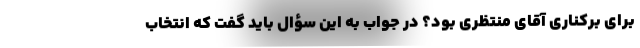
برای برکناری آقای منتظری بود؟ در جواب به این سؤال باید گفت که انتخاب